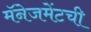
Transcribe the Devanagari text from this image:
मॅनेजमेंटची